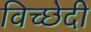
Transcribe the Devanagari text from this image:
विच्छेदी